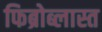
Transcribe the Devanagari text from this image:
फिब्रोब्लास्त